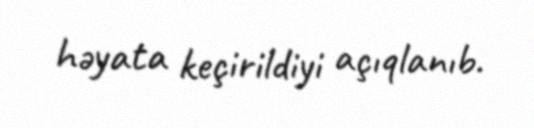
həyata keçirildiyi açıqlanıb.